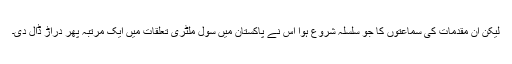
لیکن ان مقدمات کی سماعتوں کا جو سلسلہ شروع ہوا اس نے پاکستان میں سول ملٹری تعلقات میں ایک مرتبہ پھر دراڑ ڈال دی۔